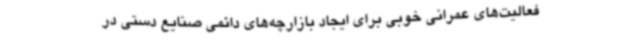
فعالیت‌های عمرانی خوبی برای ایجاد بازارچه‌های دائمی صنایع دستی در